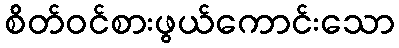
စိတ်ဝင်စားဖွယ်ကောင်းသော